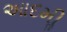
આદમીૢ